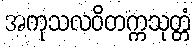
အကုသလဝိတက္ကသုတ္တံ